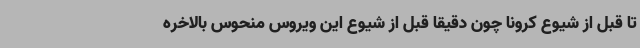
تا قبل از شیوع کرونا چون دقیقاً قبل از شیوع این ویروس منحوس بالاخره